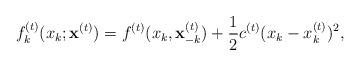
LaTeX: \begin{align*}f_{k}^{(t)}(x_{k};\mathbf{x}^{(t)})=f^{(t)}(x_{k},\mathbf{x}_{-k}^{(t)})+\frac{1}{2}c^{(t)}(x_{k}-x_{k}^{(t)})^{2},\end{align*}